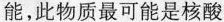
能，此物质最可能是核酸